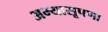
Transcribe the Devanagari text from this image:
अभ्यासूपणा